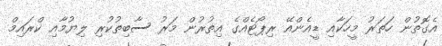
އެގޮތުން ހަތަރު މީހަކާއި ޑީއެންއޭ ރިޕޯޓެއްގެ އިތުރުން މަރު ސާބިތުކުރި ލިޔުމާއި ކްރައިމް